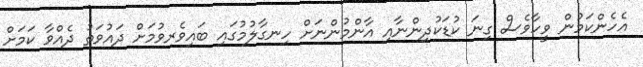
އެހެންކަމުން ވީހާވެސް ގިނަ ކުޑަކުދިންނާއި އާންމުންނަށް ހިނގާލުމުގައި ބައިވެރވުމަށް ދައުވަތު ދެއްވާ ކަމަށް